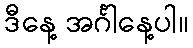
ဒီနေ့ အင်္ဂါနေ့ပါ။